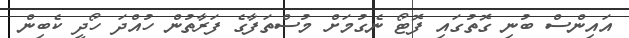
އައިންސް ބުނި ގޮތުގައި ފޮޓޯ ނެގުމަށް މުސްތަފާގެ ފަރާތުން ހުއްދަ ހޯދީ ކެބިން